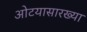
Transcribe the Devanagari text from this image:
ओटयासारख्या